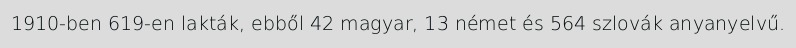
1910-ben 619-en lakták, ebből 42 magyar, 13 német és 564 szlovák anyanyelvű.